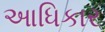
આધિકાર